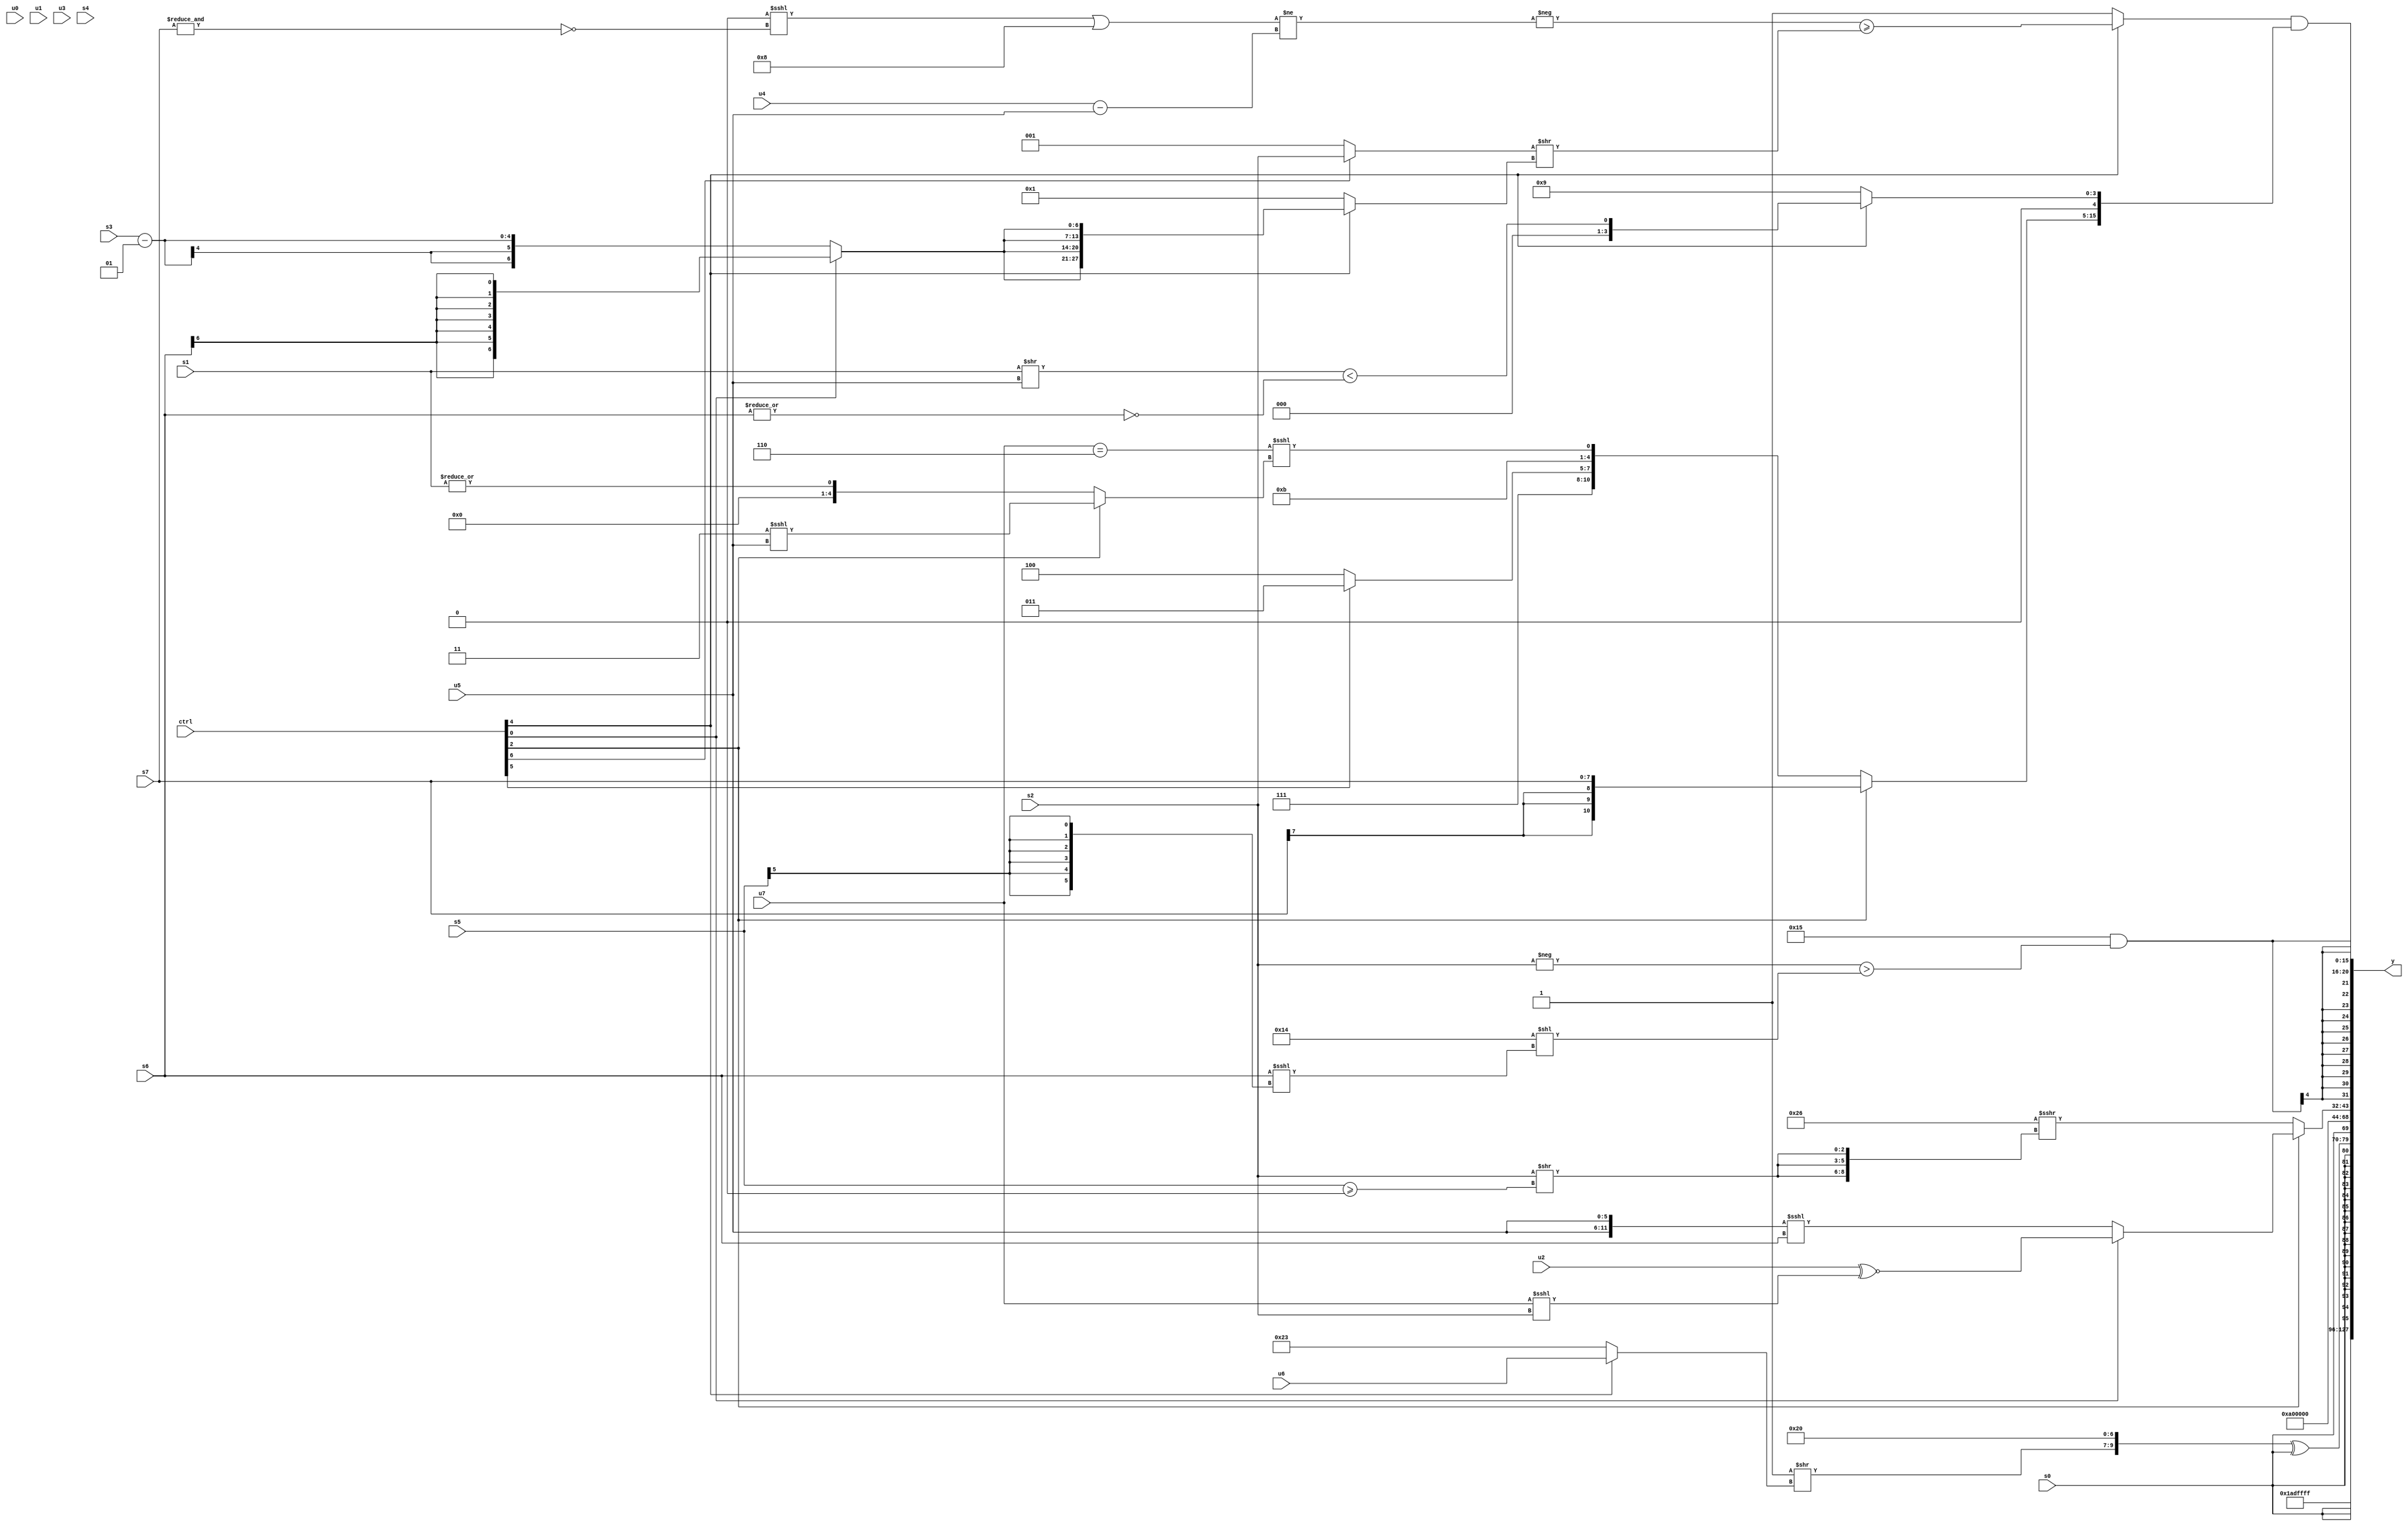
module wideexpr_00368(ctrl, u0, u1, u2, u3, u4, u5, u6, u7, s0, s1, s2, s3, s4, s5, s6, s7, y);
  input [7:0] ctrl;
  input [0:0] u0;
  input [1:0] u1;
  input [2:0] u2;
  input [3:0] u3;
  input [4:0] u4;
  input [5:0] u5;
  input [6:0] u6;
  input [7:0] u7;
  input signed [0:0] s0;
  input signed [1:0] s1;
  input signed [2:0] s2;
  input signed [3:0] s3;
  input signed [4:0] s4;
  input signed [5:0] s5;
  input signed [6:0] s6;
  input signed [7:0] s7;
  output [127:0] y;
  wire [15:0] y0;
  wire [15:0] y1;
  wire [15:0] y2;
  wire [15:0] y3;
  wire [15:0] y4;
  wire [15:0] y5;
  wire [15:0] y6;
  wire [15:0] y7;
  assign y = {y0,y1,y2,y3,y4,y5,y6,y7};
  assign y0 = ($signed({2{5'sb01101}}))>>(2'b00);
  assign y1 = 5'sb11111;
  assign y2 = s0;
  assign y3 = {s7,($signed({(3'sb111)>>((ctrl[4]?u6:6'b100011)),2'b01,((s4)>>(6'sb011000))^((s1)<<(6'sb000101))}))^(s0),s0,5'sb01010};
  assign y4 = (-($signed(-((s0)<<(~^((-(6'sb010100))<<(-(5'sb00110))))))))>>>(2'sb00);
  assign y5 = $unsigned((ctrl[2]?$unsigned((ctrl[0]?(ctrl[2]?(u2)^~((u7)<<<(s2)):(1'b0)<<<((6'sb000110)^(s3))):({2{u5}})<<<($signed(s6)))):(6'b100110)>>>({3{$signed((s2)>>((s5)>=(1'b0)))}})));
  assign y6 = $signed((5'b10101)&((-(s2))>((6'sb110100)<<((s6)<<<((s5)>>>(5'b01111))))));
  assign y7 = ((ctrl[4]?(-((((4'sb0000)<<<(~&(s7)))|(+(4'sb1000)))!=($signed($signed((u4)-(u5))))))>=(((ctrl[6]?s2:1'sb1))>>((ctrl[4]?{4{(ctrl[0]?(s6)>>>(5'sb01110):(s3)-(5'sb00001))}}:1'b1))):({4{!($signed(3'sb001))}})!=(4'sb1011)))&({{3{((s5)^(s6))>>(+((($signed(s6))>>(3'b100))>>(2'sb00)))}},(ctrl[2]?s7:$signed({6'sb101111,$signed({1{(ctrl[5]?5'sb11011:4'sb1100)}}),4'sb1011,(+((u7)==(3'sb110)))<<<((ctrl[2]?(5'b00011)<<<(u5):|(s1)))})),(ctrl[4]?$signed(((s1)>>(u5))<(~|(s6))):{5'sb01001})});
endmodule